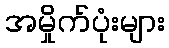
အမှိုက်ပုံးများ